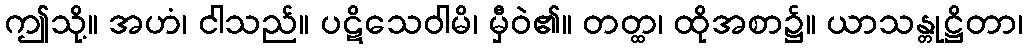
ဤသို့။ အဟံ၊ ငါသည်။ ပဋိသေဝါမိ၊ မှီဝဲ၏။ တတ္ထ၊ ထိုအစာ၌။ ယာသန္တုဋ္ဌိတာ၊